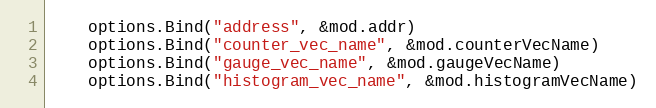
Language: Go
	options.Bind("address", &mod.addr)
	options.Bind("counter_vec_name", &mod.counterVecName)
	options.Bind("gauge_vec_name", &mod.gaugeVecName)
	options.Bind("histogram_vec_name", &mod.histogramVecName)